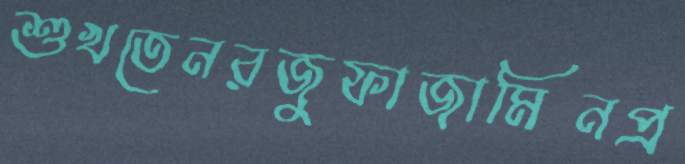
শুখতেনরজুফাজামিনপ্র